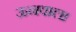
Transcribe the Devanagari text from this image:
ऊनवाला